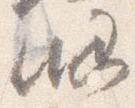
略